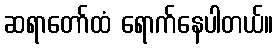
ဆရာတော်ထံ ရောက်နေပါတယ်။